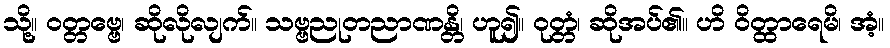
သို့။ ဝတ္တဗ္ဗေ၊ ဆိုလိုလျက်။ သဗ္ဗညုတညာဏန္တိ၊ ဟူ၍။ ဝုတ္တံ၊ ဆိုအပ်၏။ ဟိ ဝိတ္ထာရေမိ၊ အံ့။